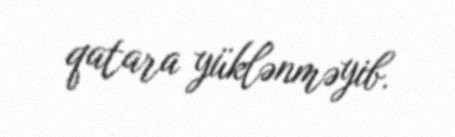
qatara yüklənməyib.